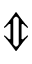
\Updownarrow